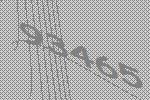
93465